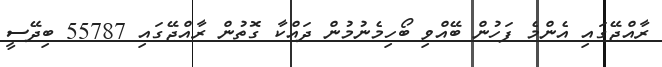
ރާއްޖޭގައި އެންމެ ފަހުން ބޭއްވި ބޯހިމެނުމުން ދައްކާ ގޮތުން ރާއްޖޭގައި 55787 ބިދޭސީ